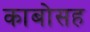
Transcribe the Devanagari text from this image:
काबोसह